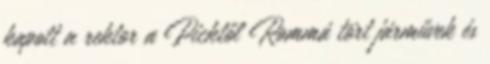
kapott a rektor a Picktől Rommá tört járművek és